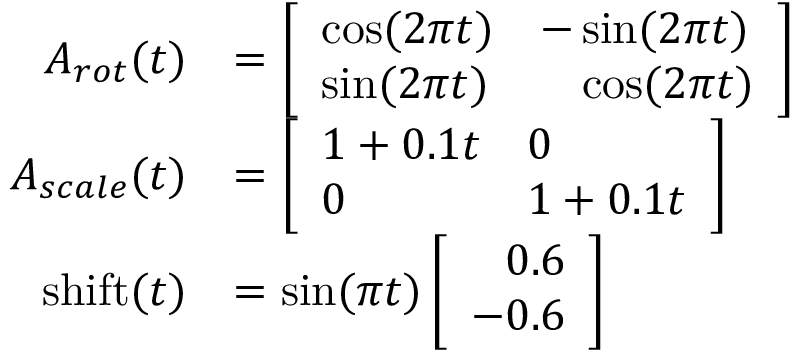
\begin{array} { r l } { A _ { r o t } ( t ) } & { = \left[ \begin{array} { l l } { \cos ( 2 \pi t ) } & { - \sin ( 2 \pi t ) } \\ { \sin ( 2 \pi t ) } & { \phantom { - } \cos ( 2 \pi t ) } \end{array} \right] } \\ { A _ { s c a l e } ( t ) } & { = \left[ \begin{array} { l l } { 1 + 0 . 1 t } & { 0 } \\ { 0 } & { 1 + 0 . 1 t } \end{array} \right] } \\ { \mathrm { s h i f t } ( t ) } & { = \sin ( \pi t ) \left[ \begin{array} { l } { \phantom { - } 0 . 6 } \\ { - 0 . 6 } \end{array} \right] } \end{array}